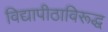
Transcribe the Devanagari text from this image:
विद्यापीठाविरूद्ध